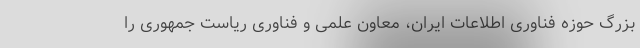
بزرگ حوزه فناوری اطلاعات ایران، معاون علمی و فناوری ریاست جمهوری را